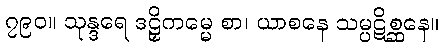
၇၉၀။ သုန္ဒရေ ဒဠှိကမ္မေ စာ၊ ယာစနေ သမ္ပဋိစ္ဆနေ။